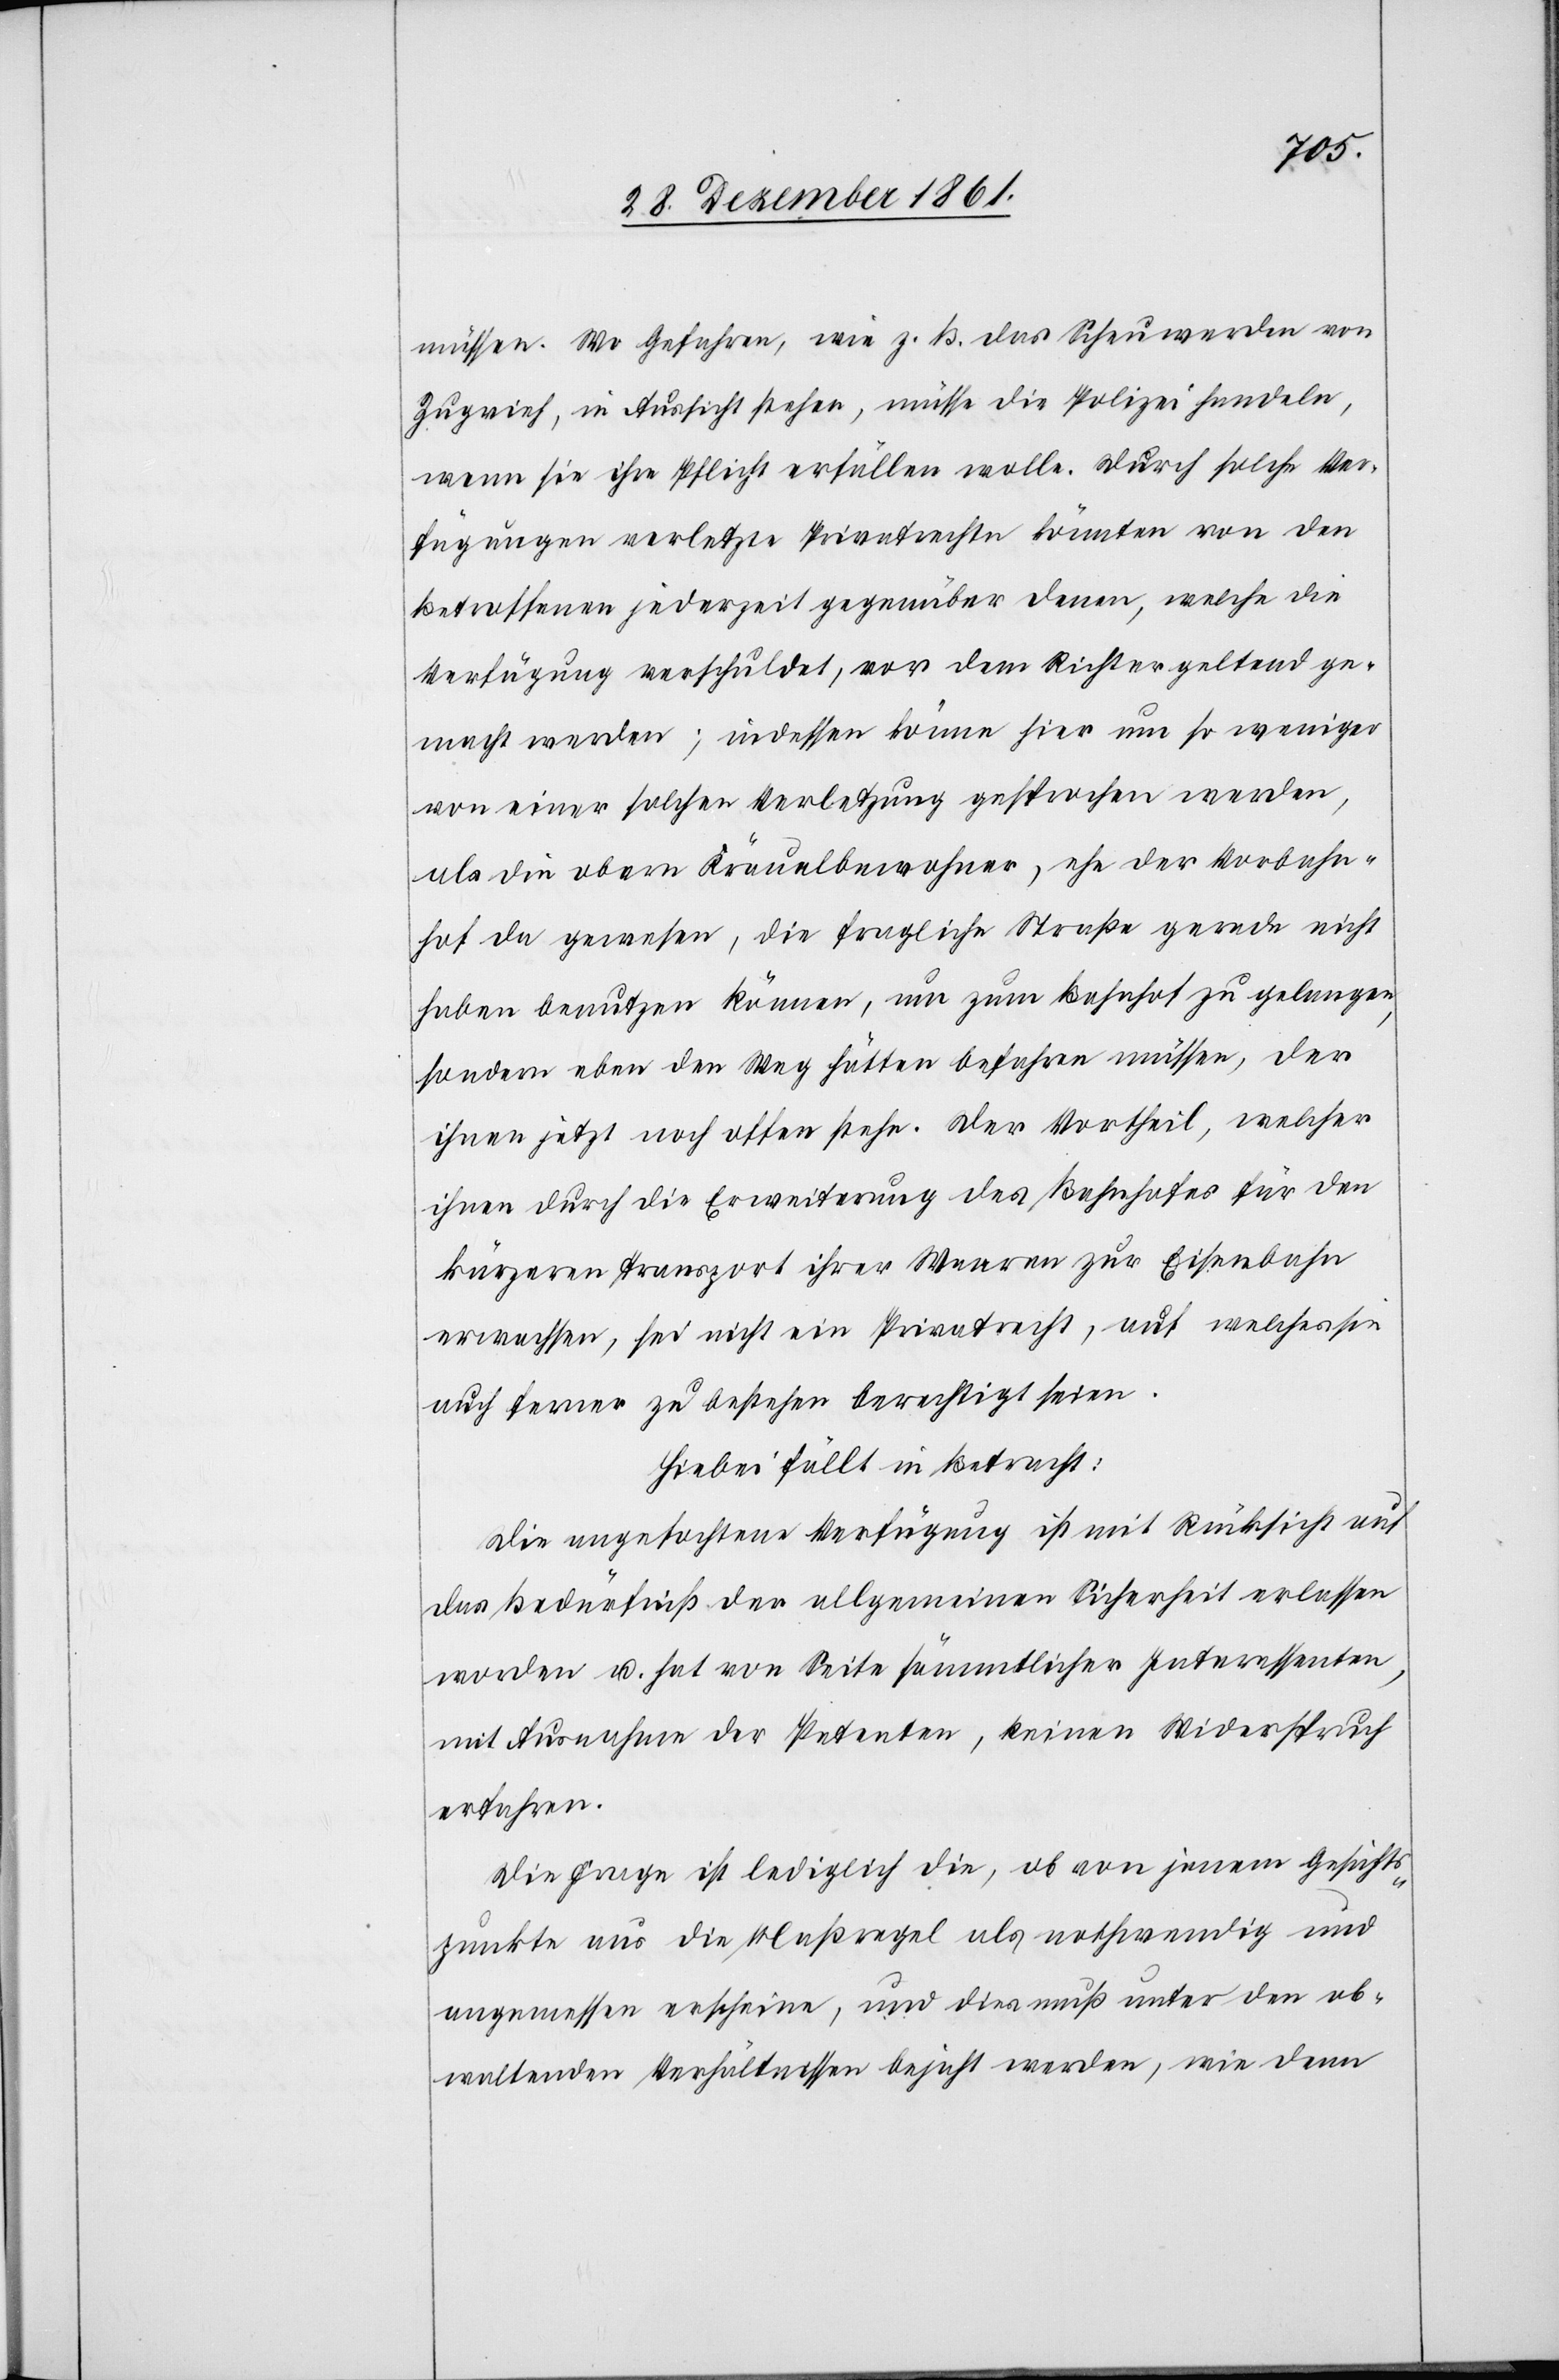
müssen. Wo Gefahren, wie z. B. das Scheuwerden von
Zugvieh, in Aussicht stehen, müsse die Polizei handeln,
wenn sie ihre Pfilcht erfüllen wolle. Durch solche Ver¬
fügungen verletzte Privatrechte könnten von den
Betroffenen jederzeit gegenüber denen, welche die
Verfügung verschuldet, vor dem Richter geltend ge¬
macht werden; indessen könne hier um so weniger
von einer solchen Verletzung gesprochen werden,
als die obern Kräuelbewohner, ehe der Vorbahn¬
hof da gewesen, die fragliche Straße gerade nicht
haben benutzen können, um zum Bahnhof zu gelangen,
sondern eben den Weg hätten befahren müssen, der
ihnen jetzt noch offen stehe. Der Vortheil, welcher
ihnen durch die Erweiterung des Bahnhofes für den
kürzeren Transport ihrer Waaren zur Eisenbahn
erwachsen [sic!], sei nicht ein Privatrecht, auf welches sie
auch ferner zu bestehen berechtigt seien.
Hiebei fällt in Betracht:
Die angefochtene Verfügung ist mit Rücksicht auf
das Bedürfniß der allgemeinen Sicherheit erlassen
worden u. hat von Seite sämmtlicher Interessenten,
mit Ausnahme der Petenten, keinen Widerspruch
erfahren.
Die Frage ist lediglich die, ob von jenem Geschäfts¬
punkte aus die Maßregel als nothwendig und
angemessen erscheine, und dies muß unter den ob¬
waltenden Verhältnissen bejaht werden, wie denn